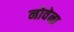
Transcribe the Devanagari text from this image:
नोवेना